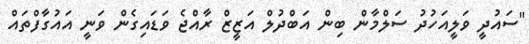
"ސައުދީ ވަލީއަހުދު ސަލްމާން ބިން އަބްދުލް އަޒީޒް ރާއްޖެ ވަޑައިގެން ވަނީ އައުގާފްތައް